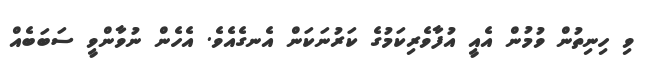
ވި ހިނިތުން ވުމުން އެއީ އުފާވެރިކަމުގެ ކަރުނަކަން އެނގެއެވެ. އެހެން ނުވާންވީ ސަބަބެއް